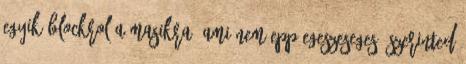
egyik blockrol a masikra, ami nem epp egeszeseges. szerinted